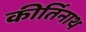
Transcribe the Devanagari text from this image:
कीर्तिनाथ